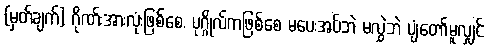
(မှတ်ချက်) ဂိုဏ်းအားလုံးဖြစ်စေ, ပုဂ္ဂိုလ်ကဖြစ်စေ မပေးအပ်ဘဲ မလွှဲဘဲ ပျံတော်မူလျှင်